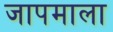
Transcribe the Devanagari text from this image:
जापमाला